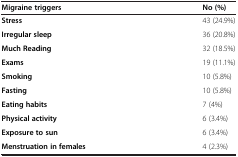
<table><thead><tr><td><b>Migraine triggers</b></td><td><b>No (%)</b></td></tr></thead><tbody><tr><td><b>Stress</b></td><td>43 (24.9%)</td></tr><tr><td><b>Irregular sleep</b></td><td>36 (20.8%)</td></tr><tr><td><b>Much Reading</b></td><td>32 (18.5%)</td></tr><tr><td><b>Exams</b></td><td>19 (11.1%)</td></tr><tr><td><b>Smoking</b></td><td>10 (5.8%)</td></tr><tr><td><b>Fasting</b></td><td>10 (5.8%)</td></tr><tr><td><b>Eating habits</b></td><td>7 (4%)</td></tr><tr><td><b>Physical activity</b></td><td>6 (3.4%)</td></tr><tr><td><b>Exposure to sun</b></td><td>6 (3.4%)</td></tr><tr><td><b>Menstruation in females</b></td><td>4 (2.3%)</td></tr></tbody></table>